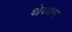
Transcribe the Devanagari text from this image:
थेय्यम